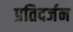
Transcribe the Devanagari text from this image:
प्रतिदर्जन